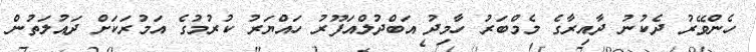
ހެންވޭރު ދެކުނު ދާއިރާގެ މެމްބަރު ހާމިދު އަބްދުލްއަފޫރު ހައްޔަރު ކުރުމުގެ އަމުރަކަށް ދައުލަތުން